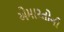
એમારતોની